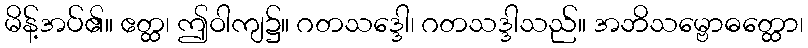
မိန့်အပ်၏။ ဧတ္ထ၊ ဤဝါကျ၌။ ဂတသဒ္ဒေါ၊ ဂတသဒ္ဒါသည်။ အဘိသမ္ဗောဓတ္ထော၊